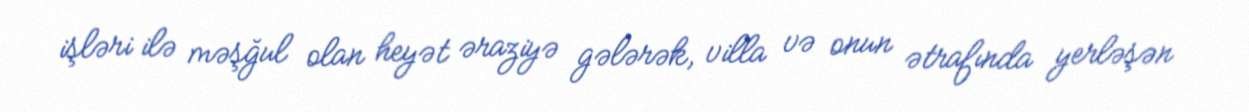
işləri ilə məşğul olan heyət əraziyə gələrək, villa və onun ətrafında yerləşən